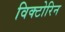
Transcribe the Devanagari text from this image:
विक्टोरिन